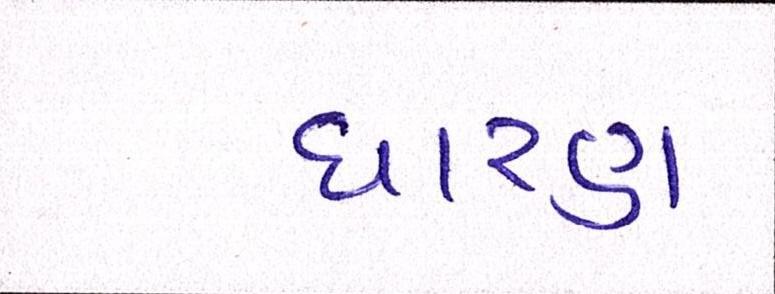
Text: ધારણ